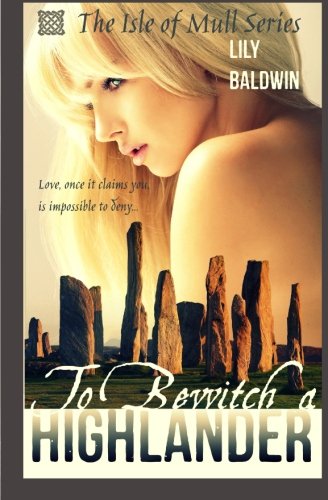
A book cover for To Bewitch a Highlander (Isle of Mull Series); Lily Baldwin; Romance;